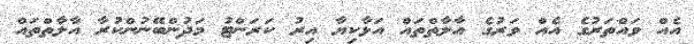
އެއް ވައްތަރުގެ އެއް ވަރުގެ އާލާތްތައް އަޅާކިޔާ އިރު ކަރަންޓު މަދުންބޭނުންކުރާ އާލާތްތައް